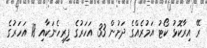
ރޭ އިރާކޮޅު ކޯޓު އަމުރެއްގެ ދަށުން 33 އަހަރުގެ ފިރިހެނަކާއި 18 އަހަރުގެ